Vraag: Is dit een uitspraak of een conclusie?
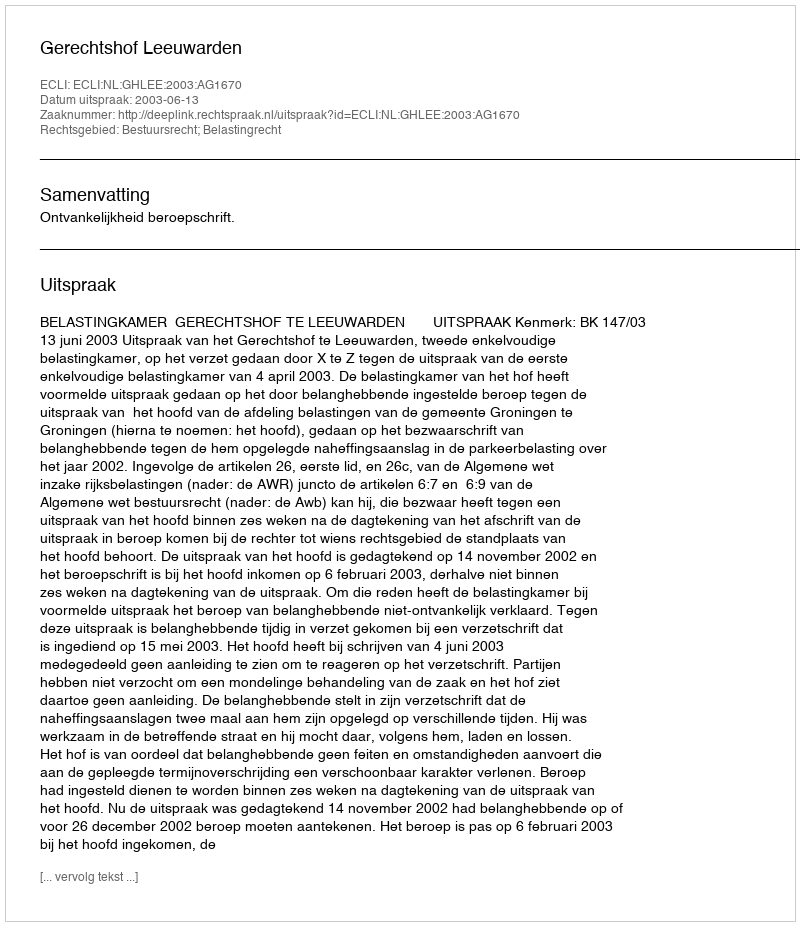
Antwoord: Uitspraak